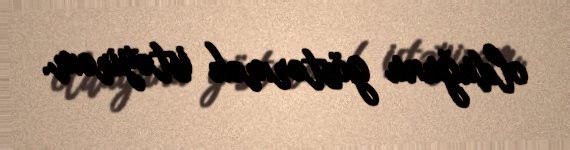
olduğunu göstərmək istəyirəm.